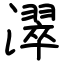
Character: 濢